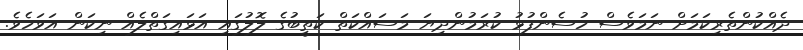
ދެއްކުންތެރިކަމަށް ނަމަވެސް ހުސެންފުޅު ކުރަމުންދިޔަ މަސައްކަތް ކަތީބުގެ ލޮލުގައި އަޅައިގަތްލެއް ނިކަން އަވަހެވެ.